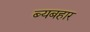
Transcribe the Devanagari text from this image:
ब्यबहार